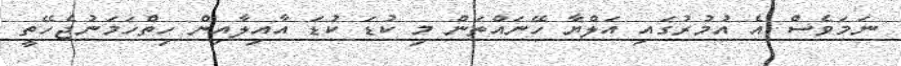
ނަމަވެސް އެ އުމުރުގައި އަލްޔާ ހޭނައްތަން މި ކުޑަ ކުޑަ އާއިލާއިން ހިތްހަމަނުޖެހޭތީ